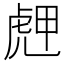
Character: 䖖